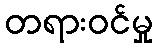
တရားဝင်မှု